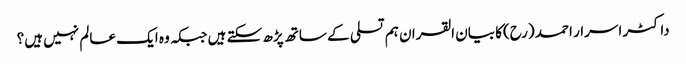
داکٹر اسرار احمد (رح)کا بیان القران ہم تسلی کے ساتھ پڑھ سکتے ہیں جبکہ وہ ایک عالم نہیں ہیں؟